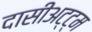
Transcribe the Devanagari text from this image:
दासीअट्ट्म